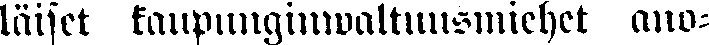
läiset kaupunginwaltuusmiehet ano-